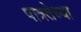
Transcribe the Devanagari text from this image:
पात्रतेच्या